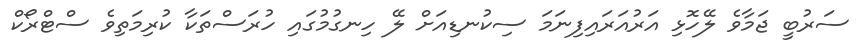
ސަރުބީ ޖަމާވެ ލޭހޮޅި އަރުއަރައިފިނަމަ ސިކުނޑިއަށް ލޭ ހިނގުމުގައި ހުރަސްތަކާ ކުރިމަތިވެ ސްޓްރޯކް